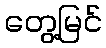
တွေ့မြင်